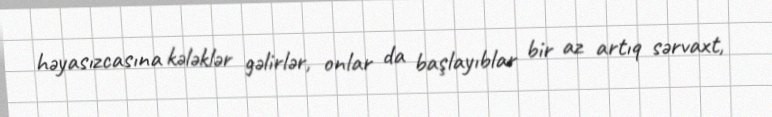
həyasızcasına kələklər gəlirlər, onlar da başlayıblar bir az artıq sərvaxt,